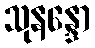
သုနန္ဒော